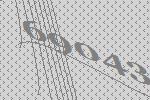
69043